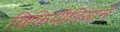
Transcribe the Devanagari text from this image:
विकिपीडियाने